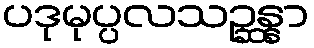
ပဒုမုပ္ပလသဉ္ဆန္နာ